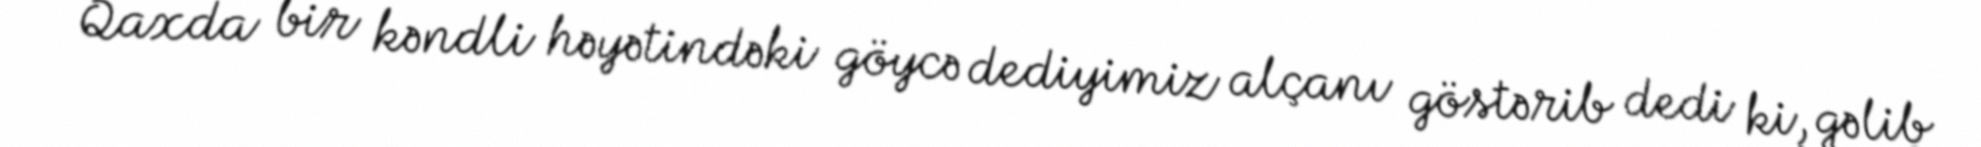
Qaxda bir kəndli həyətindəki göycə dediyimiz alçanı göstərib dedi ki, gəlib